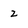
Character: 2